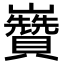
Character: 𡿍